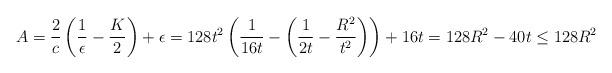
LaTeX: \begin{align*}A=\frac{2}{c}\left(\frac{1}{\epsilon}-\frac{K}{2}\right)+\epsilon=128t^2\left(\frac{1}{16t}-\left(\frac{1}{2t}-\frac{R^2}{t^2}\right)\right)+16t=128R^2-40t\leq128R^2\end{align*}